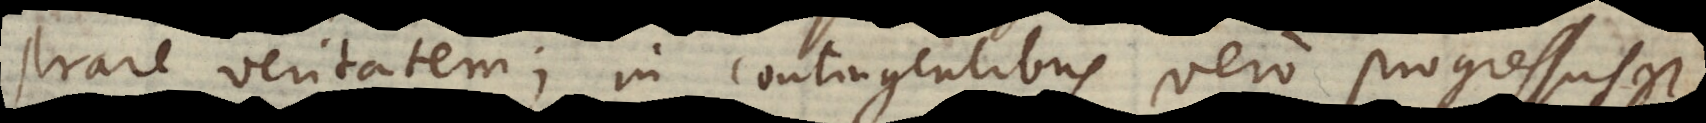
strare veritatem; in contingentibus vero progressus